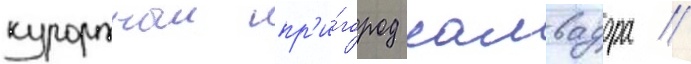
курортныи пр'и́город салвадора /